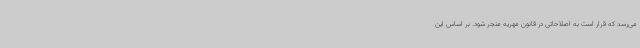
می‌رسد که قرار است به اصلاحاتی در قانون مهریه منجر شود. بر اساس این